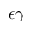
\epsilon \gamma